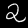
Label: 2